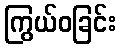
ကြွယ်ဝခြင်း